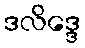
ဒလိဒ္ဒေ